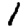
Digit: 1